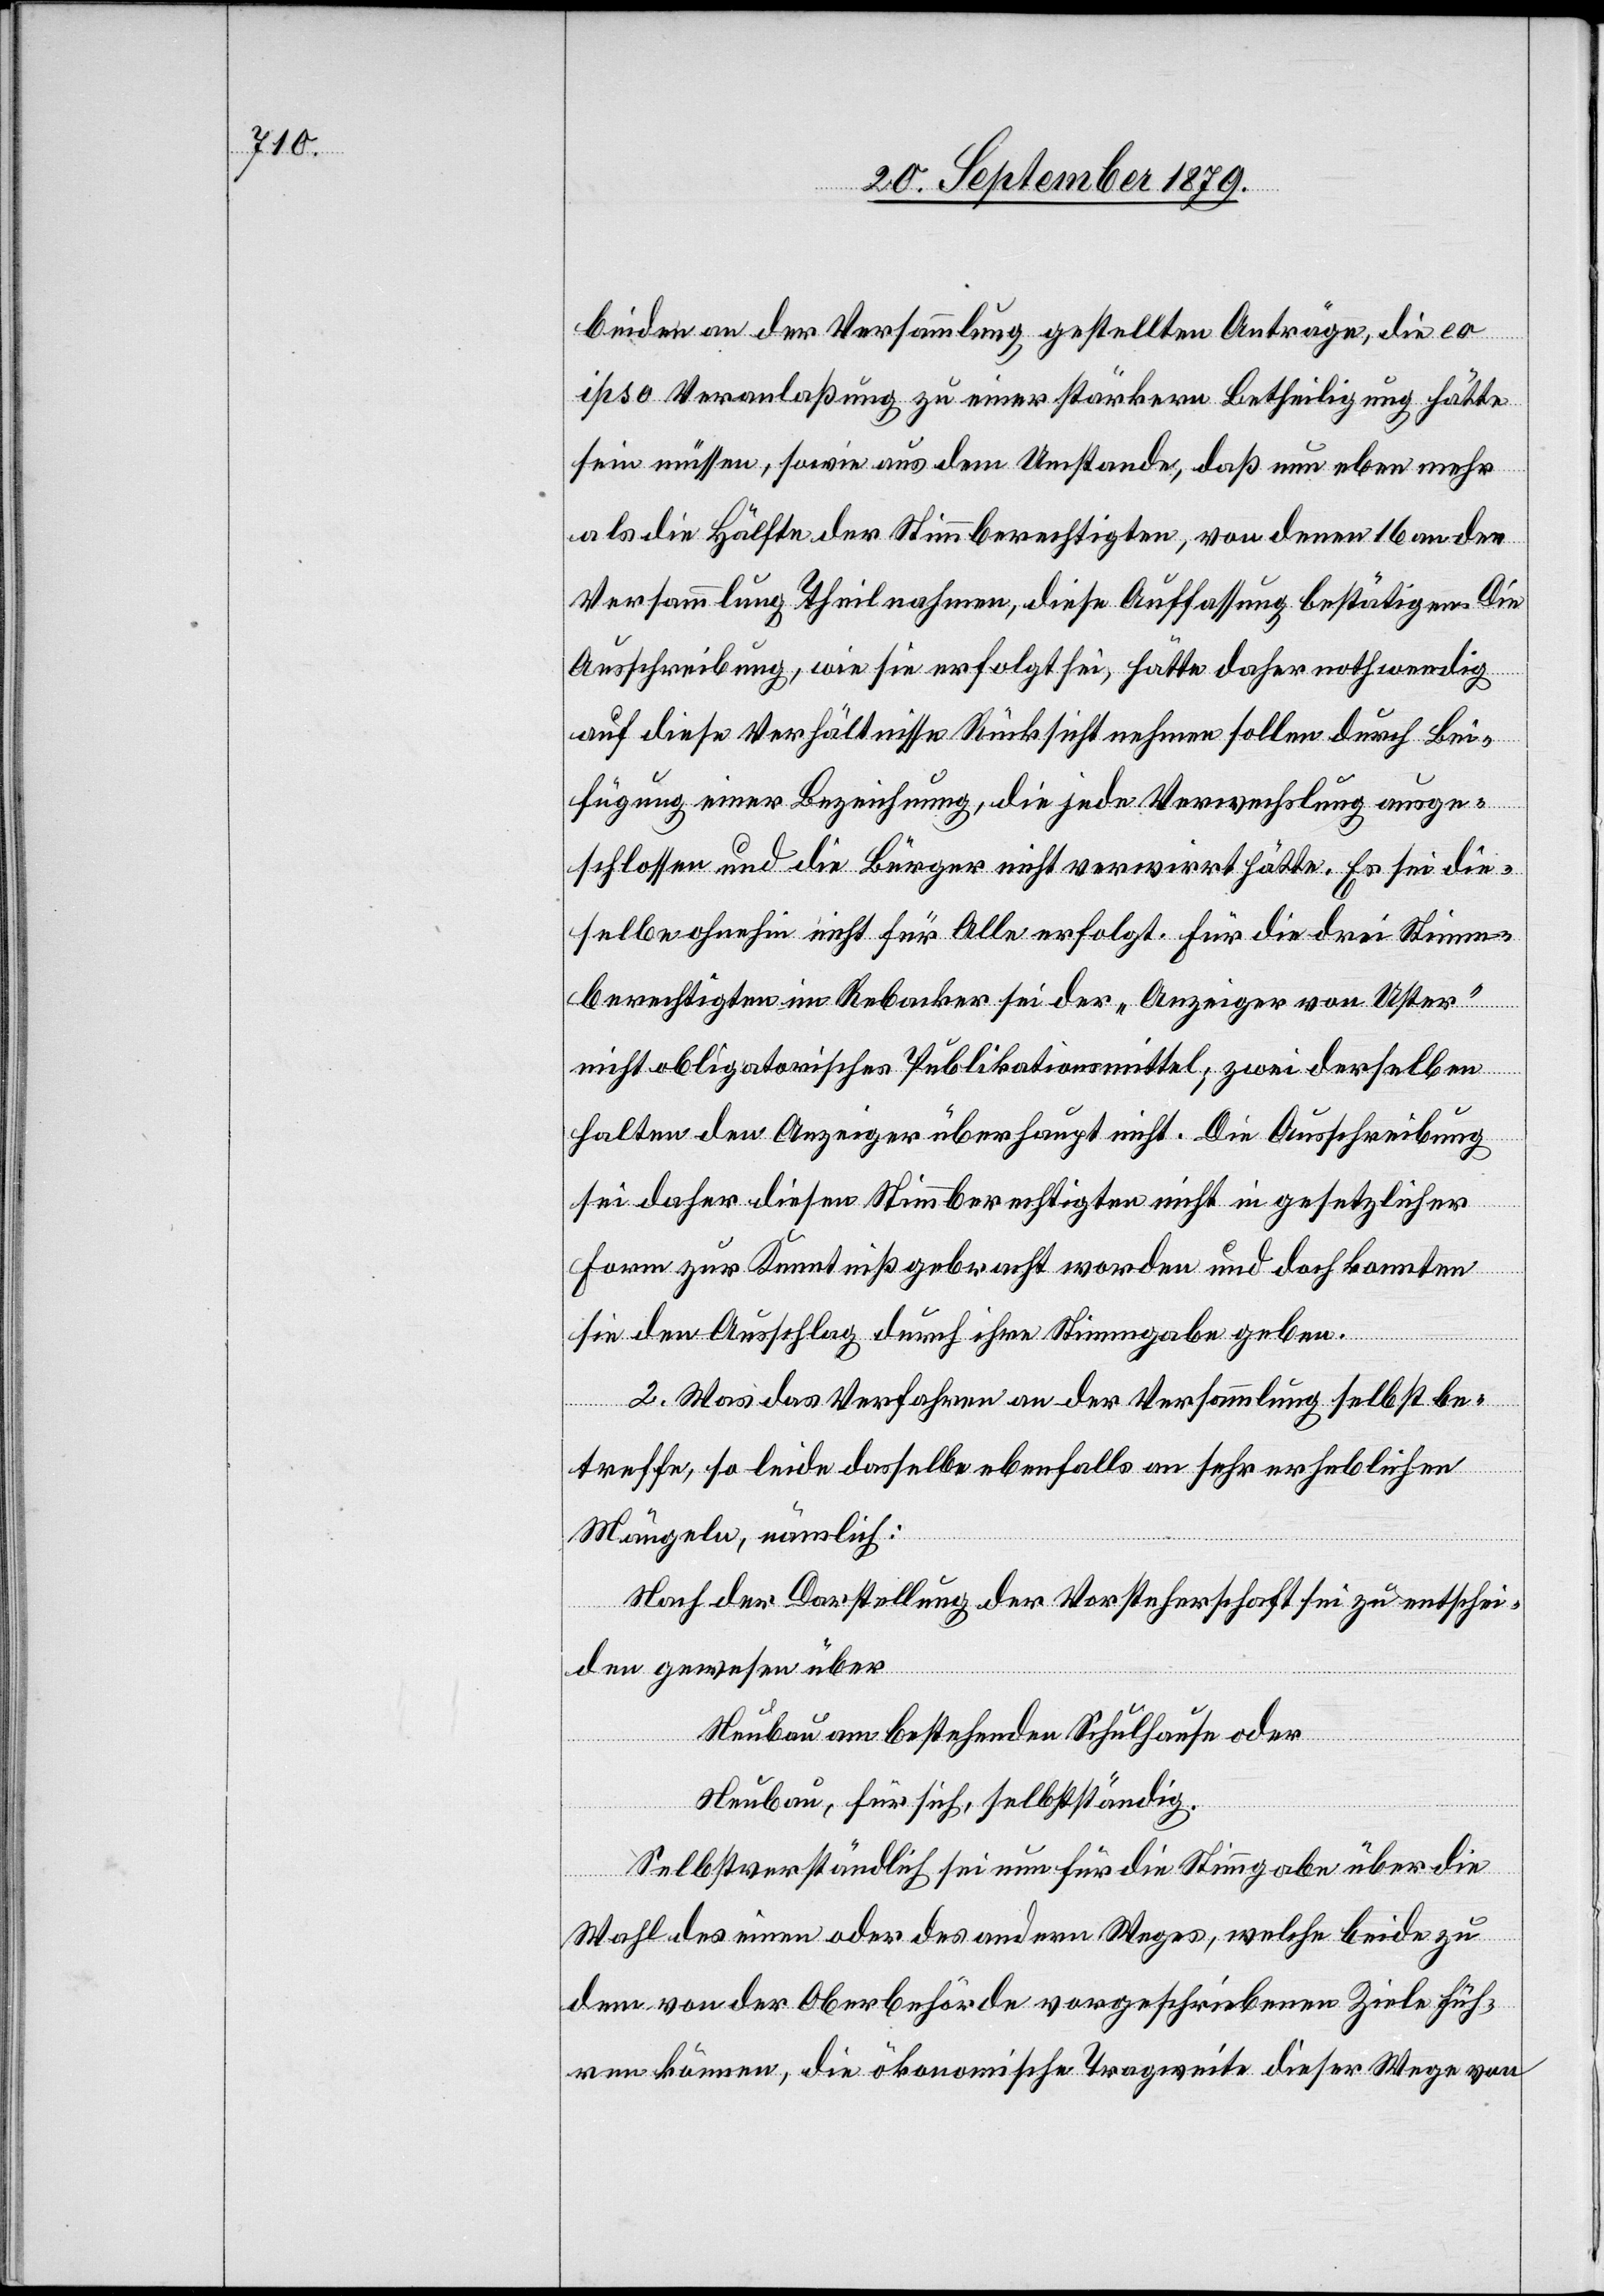
beiden an der Versammlung gestellten Anträge, die eo
ipso Veranlaßung zu einer stärkern Betheiligung hätte
sein müssen, sowie aus dem Umstande, daß nun eben mehr
als die Hälfte der Stimmberechtigten, von denen 16 an der
Versammlung theilnahmen, diese Auffassung bestätigen. Die
Ausschreibung, wie sie erfolgt sei, hätte daher nothwendig
auf diese Verhältnisse Rücksicht nehmen sollen durch Bei¬
fügung einer Bezeichnung, die jede Verwechslung ausge¬
schlossen und die Bürger nicht verwirrt hätte. Es sei die¬
selbe ohnehin nicht für alle erfolgt. Für die drei Stimm¬
berechtigten im Rebacker sei der „Anzeiger von Uster“
nicht obligatorisches Publikationsmittel; zwei derselben
halten den Anzeiger überhaupt nicht. Die Ausschreibung
sei daher diesen Stimmberechtigten nicht in gesetzlicher
Form zur Kenntniß gebracht worden und doch konnten
sie den Ausschlag durch ihre Stimmgabe geben.
2. Was das Verfahren an der Versammlung selbst be¬
treffe, so leide dasselbe ebenfalls an sehr erheblichen
Mängeln, nämlich:
Nach der Darstellung der Vorsteherschaft sei zu entschei¬
den gewesen über
Neubau am bestehenden Schulhause oder
Neubau, für sich, selbstständig.
Selbstverständlich sei nun für die Stimmgabe über die
Wahl des einen oder des andern Weges, welche beide zu
dem von der Oberbehörde vorgeschriebenen Ziele füh¬
ren können, die ökonomische Tragweite dieser Wege von